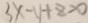
3 x - y + z > 0